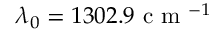
\lambda _ { 0 } = 1 3 0 2 . 9 \mathrm { ~ c ~ m ~ } ^ { - 1 }